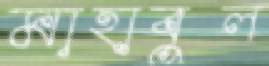
মাহাবুল